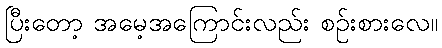
ပြီးတော့ အမေ့အကြောင်းလည်း စဉ်းစားလေ။